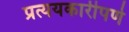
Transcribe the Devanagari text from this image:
प्रत्ययकारीपणे